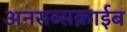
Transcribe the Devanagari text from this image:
अनसब्सक्राईब